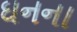
ઘનના